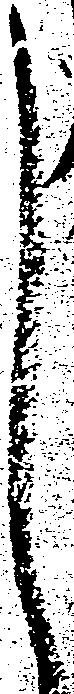
し